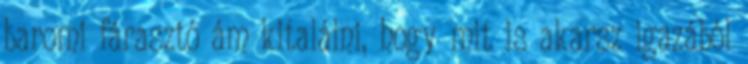
baromi fárasztó ám kitalálni, hogy mit is akarsz igazából